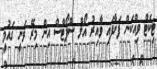
ޓިކެޓް ވިއްކަން ފަށާފައި ވާއިރު އޯލް ސްޕޯޓްސް އިން މިރޭ ވަނީ ގައުމީ